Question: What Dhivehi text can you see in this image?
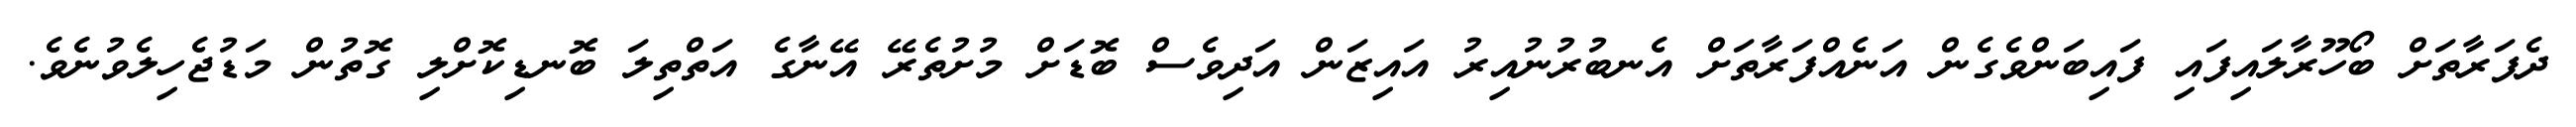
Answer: ދެފަރާތަށް ބޯހޫރާލައިފައި ފައިބަންވެގެން އަނެއްފަރާތަށް އެނބުރުނުއިރު އައިޒަން އަދިވެސް ބޮޑަށް މުށުތެރޭ އޭނާގެ އަތްތިލަ ބޮނޑިކޮށްލި ގޮތުން މަޑުޖެހިލެވުނެވެ.